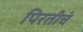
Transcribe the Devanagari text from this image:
पिरतीचं